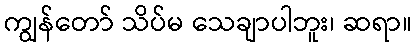
ကျွန်တော် သိပ်မ သေချာပါဘူး၊ ဆရာ။